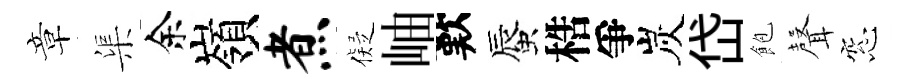
章渠余嶺煮儗岫歎蜃梏爭炭岱飽𮋻窓